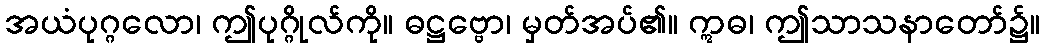
အယံပုဂ္ဂလော၊ ဤပုဂ္ဂိုလ်ကို။ ဓဋ္ဌဗ္ဗော၊ မှတ်အပ်၏။ ဣဓ၊ ဤသာသနာတော်၌။